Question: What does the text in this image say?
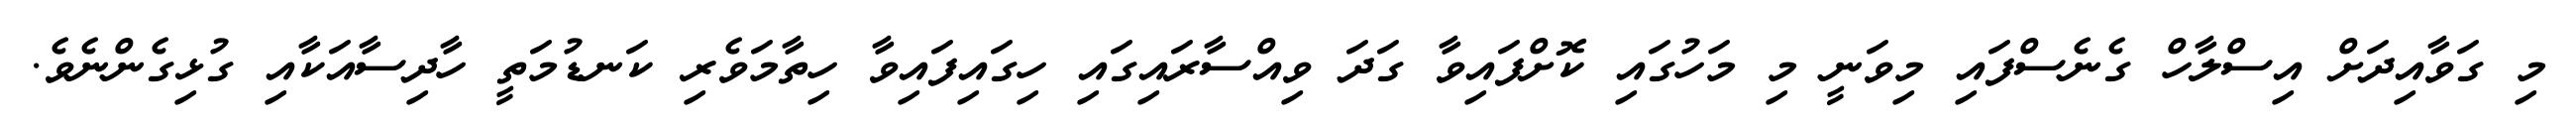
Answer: މި ގަވާއިދަށް އިސްލާހް ގެނެސްފައި މިވަނީ މި މަހުގައި ކޮށްފައިވާ ގަދަ ވިއްސާރައިގައި ހިގައިފައިވާ ހިތާމަވެރި ކަނޑުމަތީ ހާދިސާއަކާއި ގުޅިގެންނެވެ.